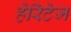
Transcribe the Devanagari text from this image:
हेरिटेज